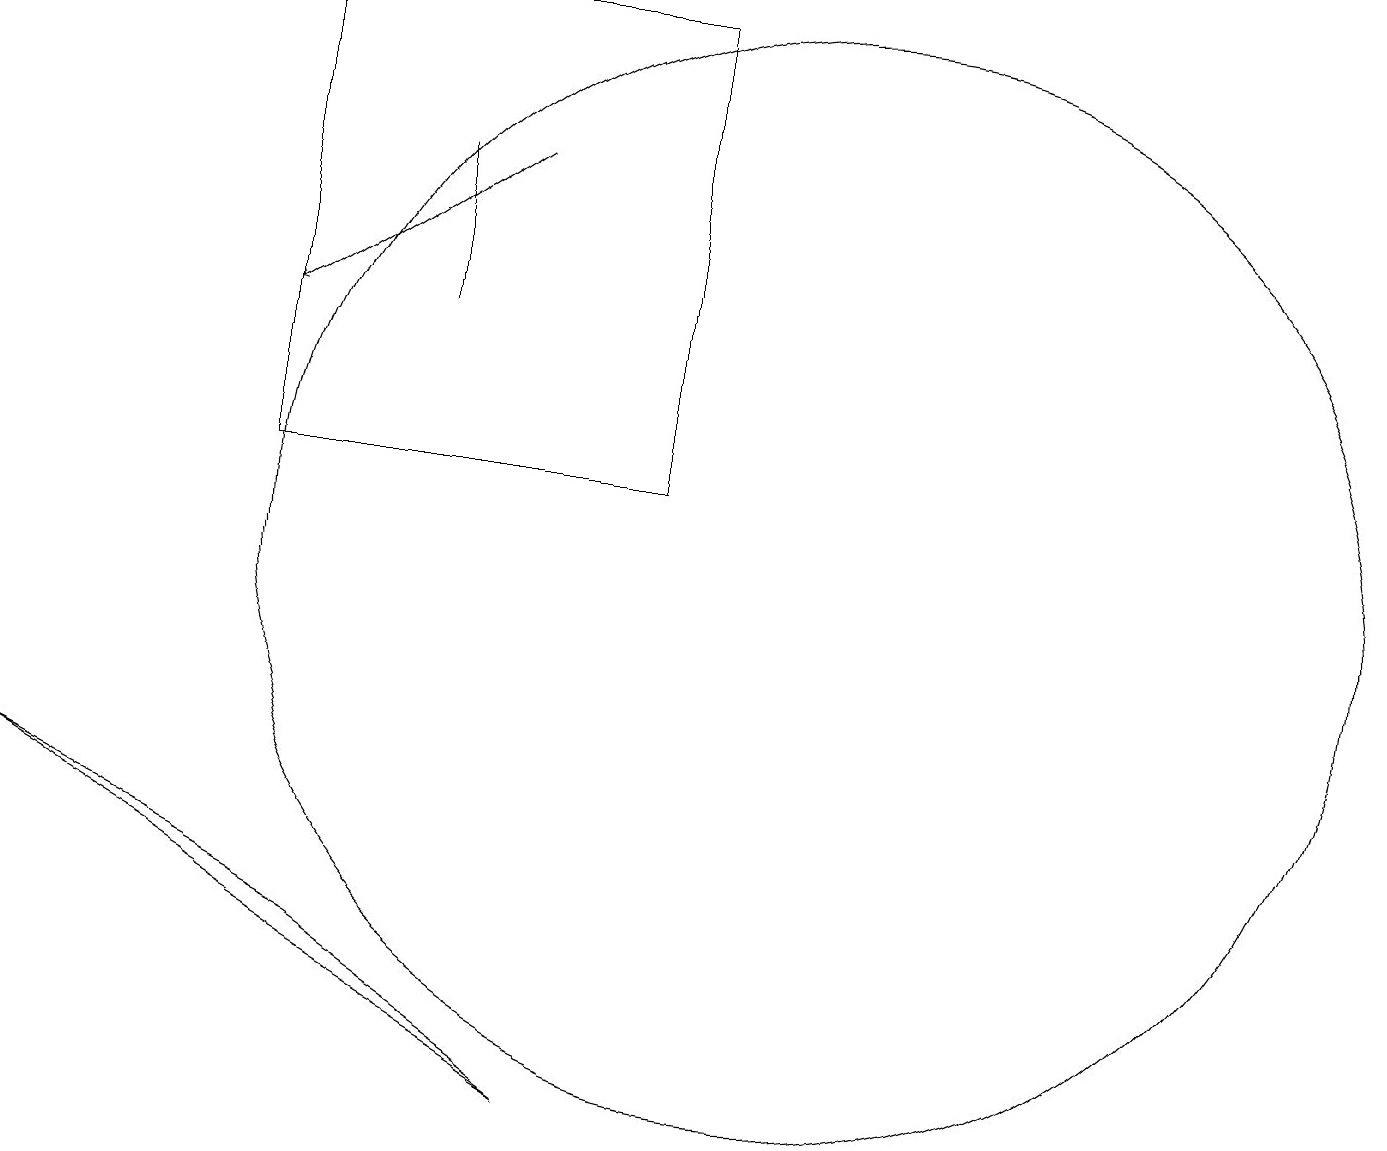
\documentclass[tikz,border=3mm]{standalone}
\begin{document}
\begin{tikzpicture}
\draw[->] (6,17) -- (3,15);
\draw (0,9) -- (4,7) -- (7,5) -- cycle;
\draw (5,15) rectangle (5,17);
\draw (10,12) circle (7);
\draw (8,13) rectangle (3,19);
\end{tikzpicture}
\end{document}